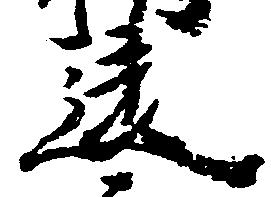
違